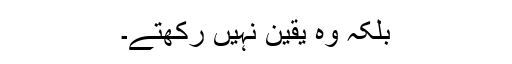
بلکہ وہ یقین نہیں رکھتے۔